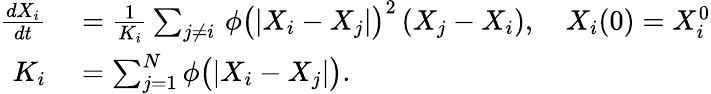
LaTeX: \begin{array}{rl}{\frac{dX_{i}}{dt}}&{{}=\frac{1}{K_{i}}\sum_{j\neq i}\, \phi\big(|X_{i}-X_{j}|\big)^{2}\, (X_{j}-X_{i}),\quad X_{i}(0)=X_{i}^{0}}\\ {K_{i}}&{{}=\sum_{j=1}^{N}\phi\big(|X_{i}-X_{j}|\big).}\end{array}